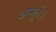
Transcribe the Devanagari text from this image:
अमूर्त।